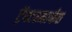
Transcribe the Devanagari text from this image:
ट्रॅक्टरमार्फत